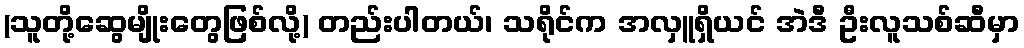
(သူတို့ဆွေမျိုးတွေဖြစ်လို့) တည်းပါတယ်၊ သရိုင်က အလှူရှိယင် အဲဒီ ဦးလူသစ်ဆီမှာ